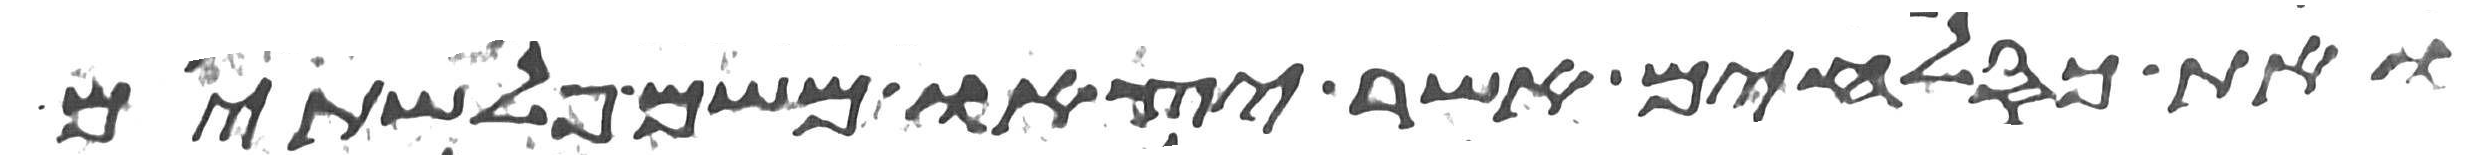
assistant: ואת כסלחים אשר יצאו משם פלשתים